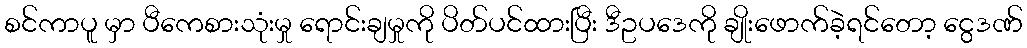
စင်ကာပူ မှာ ပီကေစားသုံးမှု ရောင်းချမှုကို ပိတ်ပင်ထားပြီး ဒီဥပဒေကို ချိုးဖောက်ခဲ့ရင်တော့ ငွေဒဏ်